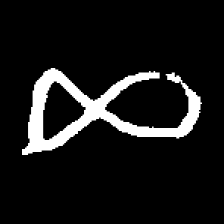
Pyu character \u2014 Myanmar letter: ဆ (romanized: cha)